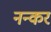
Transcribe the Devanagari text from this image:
नन्कर